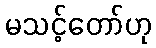
မသင့်တော်ဟု